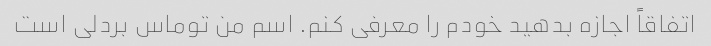
اتفاقاً اجازه بدهید خودم را معرفی کنم. اسم من توماس بردلی است